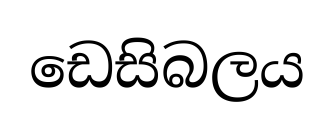
ඩෙසිබලය